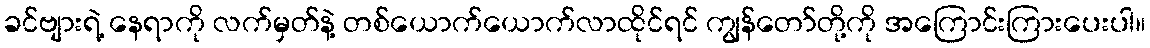
ခင်ဗျားရဲ့ နေရာကို လက်မှတ်နဲ့ တစ်ယောက်ယောက်လာထိုင်ရင် ကျွန်တော်တို့ကို အကြောင်းကြားပေးပါ။